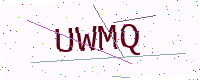
Text: UWMQ